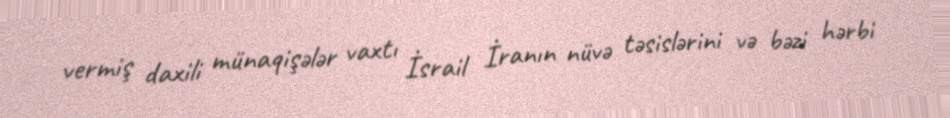
vermiş daxili münaqişələr vaxtı İsrail İranın nüvə təsislərini və bəzi hərbi